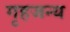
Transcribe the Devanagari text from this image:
गृहजन्य